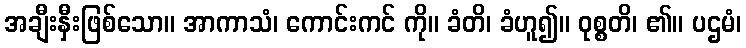
အချီးနှီးဖြစ်သော။ အာကာသံ၊ ကောင်းကင် ကို။ ခံတိ၊ ခံဟူ၍။ ဝုစ္စတိ၊ ၏။ ပဌမံ၊